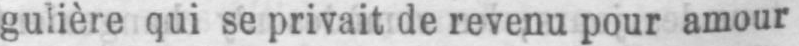
gulière qui se privait de revenu pour amour